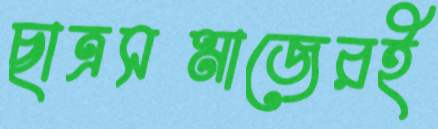
ছাত্রসমাজেরই